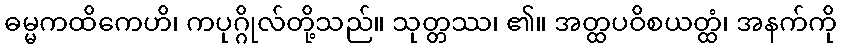
ဓမ္မကထိကေဟိ၊ ကပုဂ္ဂိုလ်တို့သည်။ သုတ္တဿ၊ ၏။ အတ္ထပဝိစယတ္ထံ၊ အနက်ကို